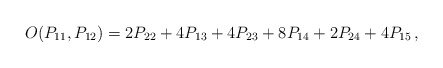
\begin{align*}O(P_{11},P_{12})=2P_{22}+4P_{13}+4P_{23}+8P_{14}+2P_{24}+4P_{15}\,,\end{align*}